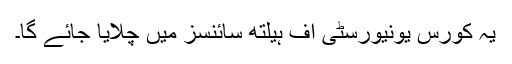
یہ کورس یونیورسٹی آف ہیلتھ سائنسز میں چلایا جائے گا۔